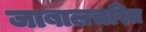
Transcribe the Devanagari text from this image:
जाबालचरित